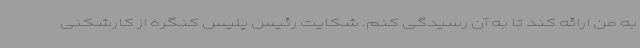
به من ارائه کند تا به آن رسیدگی کنم. شکایت رئیس پلیس کنگره از کارشکنی